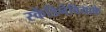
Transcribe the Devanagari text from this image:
स्केंडिनेवियाके